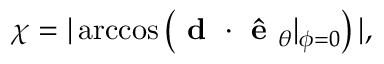
\chi = | \operatorname { a r c c o s } \left( \textbf { d } \cdot \textbf { \^ { e } } _ { \theta } | _ { \phi = 0 } \right) | ,